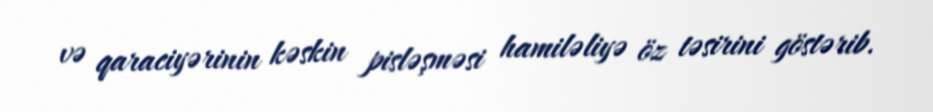
və qaraciyərinin kəskin pisləşməsi hamiləliyə öz təsirini göstərib.